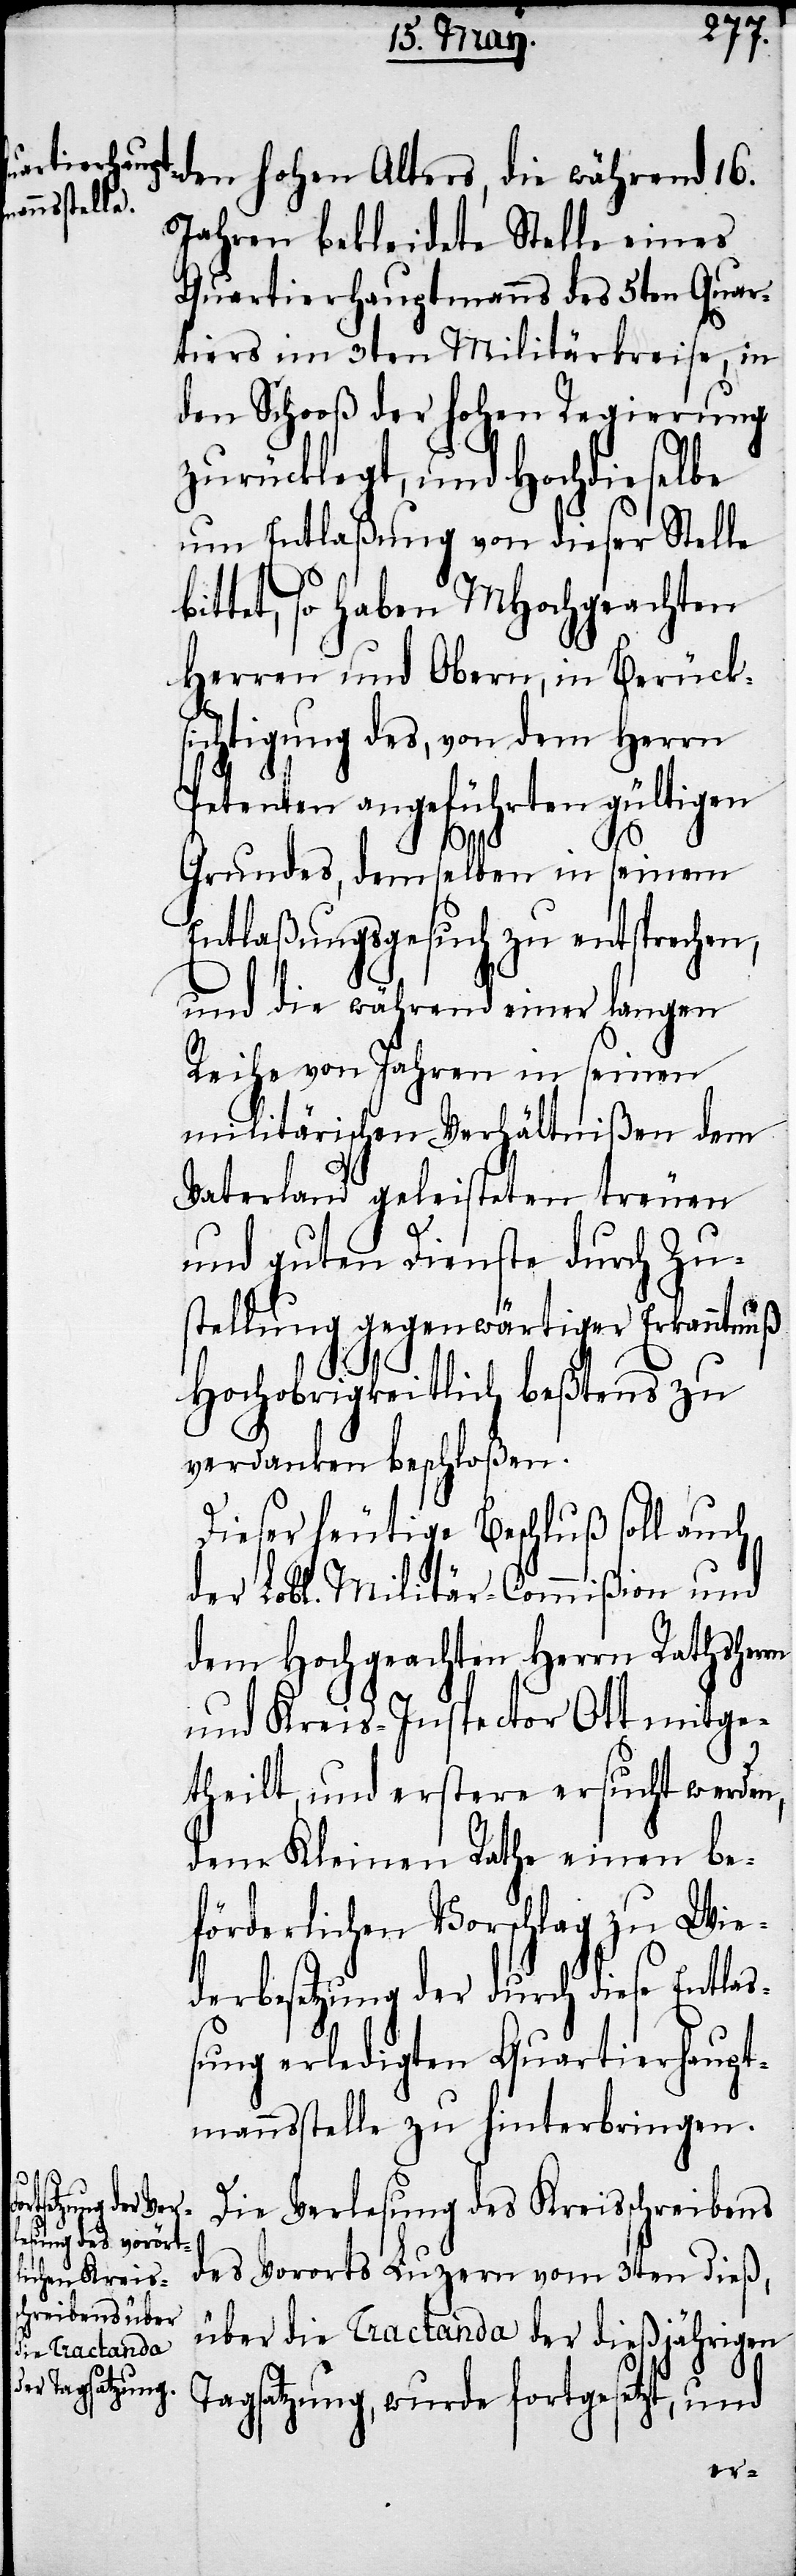
den hohen Alters, die während 16.
Jahren bekleidete Stelle eines
Quartierhauptmanns des 5ten Quar¬
tiers im 3ten Militärkreise, in
den Schooß der hohen Regierung
zurücklegt, und Hochdieselbe
um Entlaßung von dieser Stelle
tet, so haben MHochgeachten
Herren und Obern, in Berück¬
sichtigung des, von dem Herrn
Petenten angeführten gültigen
bit¬
Grundes, demselben in seinem
Entlaßungsgesuch zu entsprechen,
und die während einer langen
Reihe von Jahren in seinen
militärischen Verhältnißen dem
Vaterland geleisteten treuen
und guten Dienste durch Zu¬
stellung gegenwärtiger Erkanntnuß
Hochobrigkeitlich beßtens zu
verdanken beschloßen.
Dieser heutige Beschluß soll auch
der Lobl. Militär-Commißion und
dem Hochgeachten Herrn Rathsherrn
und Kreis-Inspector Ott mitge¬
theilt; und erstere ersucht werden,
dem Kleinen Rathe einen be¬
förderlichen Vorschlag zu Wie¬
derbesetzung der durch diese Entlas¬
sung erledigten Quartierhaupt¬
mannsstelle zu hinterbringen.